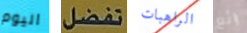
اليوم تفضل الراهبات رائع